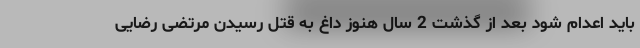
باید اعدام شود بعد از گذشت 2 سال هنوز داغ به قتل رسیدن مرتضی رضایی